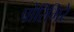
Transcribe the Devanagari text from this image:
पोरिगिरे